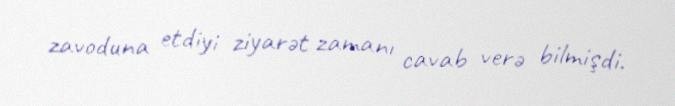
zavoduna etdiyi ziyarət zamanı cavab verə bilmişdi.